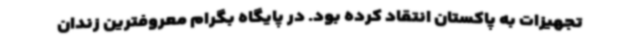
تجهیزات به پاکستان انتقاد کرده بود. در پایگاه بگرام معروفترین زندان